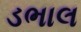
ડભાલ